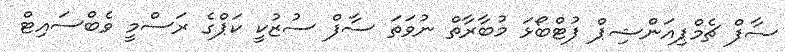
ސާފް ޗެމްޕިއަންޝިޕް ފުޓްބޯޅަ މުބާރާތް ނުވަތަ ސާފް ސުޒުކީ ކަޕްގެ ރަސްމީ ވެބްސައިޓް